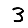
Digit: 3